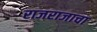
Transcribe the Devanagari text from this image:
राजराजाचा